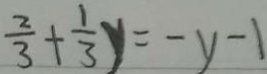
\frac { 2 } { 3 } + \frac { 1 } { 3 } y = - y - 1